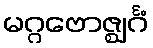
မဂ္ဂဗောဇ္ဈင်္ဂံ